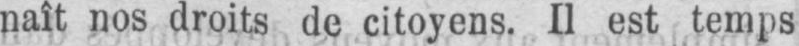
naît nos droits de citoyens. Il est temps